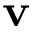
\mathbf { v }